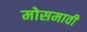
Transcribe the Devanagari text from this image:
मोसमावी